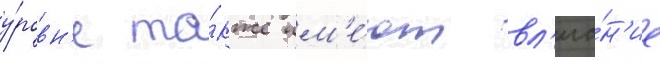
у́ровн'е та́кже им'е́ют вл'иа́н'ие